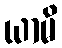
ယာမိ